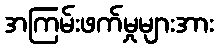
အကြမ်းဖက်မှုများအား